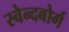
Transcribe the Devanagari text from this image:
स्वेन्दबोर्ग